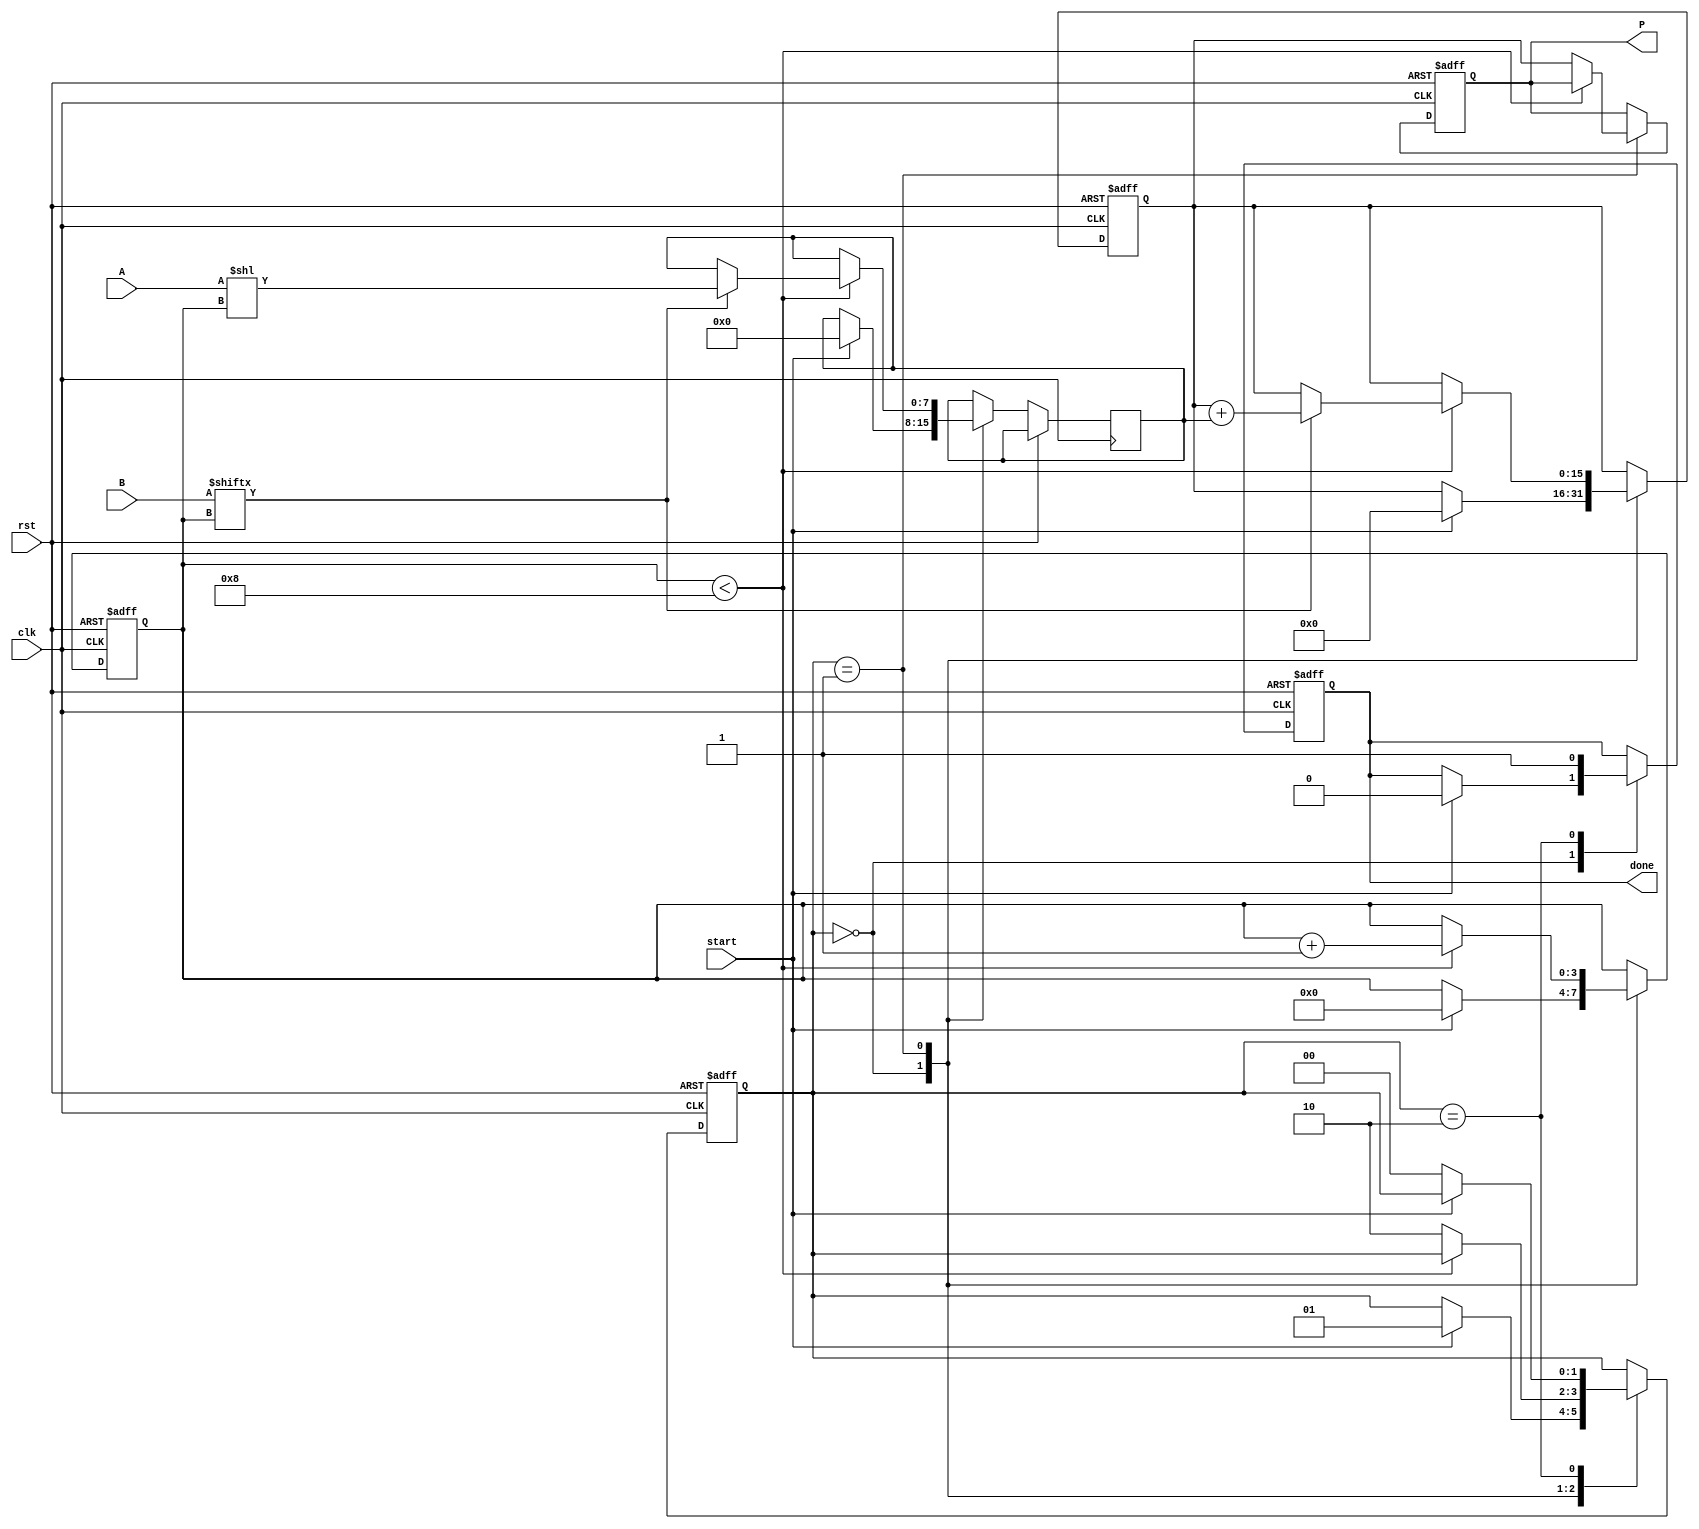
module radix2_multiplier #(parameter n = 8) (
    input wire [n-1:0] A,          // Multiplicand
    input wire [n-1:0] B,          // Multiplier
    input wire start,              // Control signal to start multiplication
    input wire clk,                // Clock signal
    input wire rst,                // Reset signal
    output reg [2*n-1:0] P,        // Product output
    output reg done                // Done signal
);

    reg [n-1:0] partial_product;   // To hold shifted A
    reg [2*n-1:0] sum;             // Accumulator for the sum
    reg [3:0] count;               // Counter for bits processed
    reg [1:0] state;               // State variable

    localparam IDLE = 2'b00,
               SHIFT_ADD = 2'b01,
               DONE = 2'b10;

    always @(posedge clk or posedge rst) begin
        if (rst) begin
            P <= 0;
            sum <= 0;
            count <= 0;
            state <= IDLE;
            done <= 0;
        end else begin
            case (state)
                IDLE: begin
                    if (start) begin
                        sum <= 0;
                        count <= 0;
                        partial_product <= 0;
                        state <= SHIFT_ADD;
                        done <= 0;
                    end
                end

                SHIFT_ADD: begin
                    if (count < n) begin
                        // Generate partial product
                        if (B[count]) begin
                            partial_product <= A << count; // Shift A by count bits
                            sum <= sum + partial_product;  // Add to sum
                        end
                        count <= count + 1; // Move to the next bit
                    end else begin
                        P <= sum;            // Final product
                        state <= DONE;      // Move to done state
                    end
                end

                DONE: begin
                    done <= 1;            // Indicate multiplication is done
                    if (!start) begin     // Wait for start signal to clear
                        state <= IDLE;    // Go back to idle state
                    end
                end
            endcase
        end
    end
endmodule